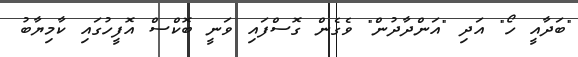
"ބަދާއީ ހޯ" އަދި "އަންދާދުން" ވެގެން ގޮސްފައި ވަނީ ބޮކްސް އޮފީހުގައި ކާމިޔާބު